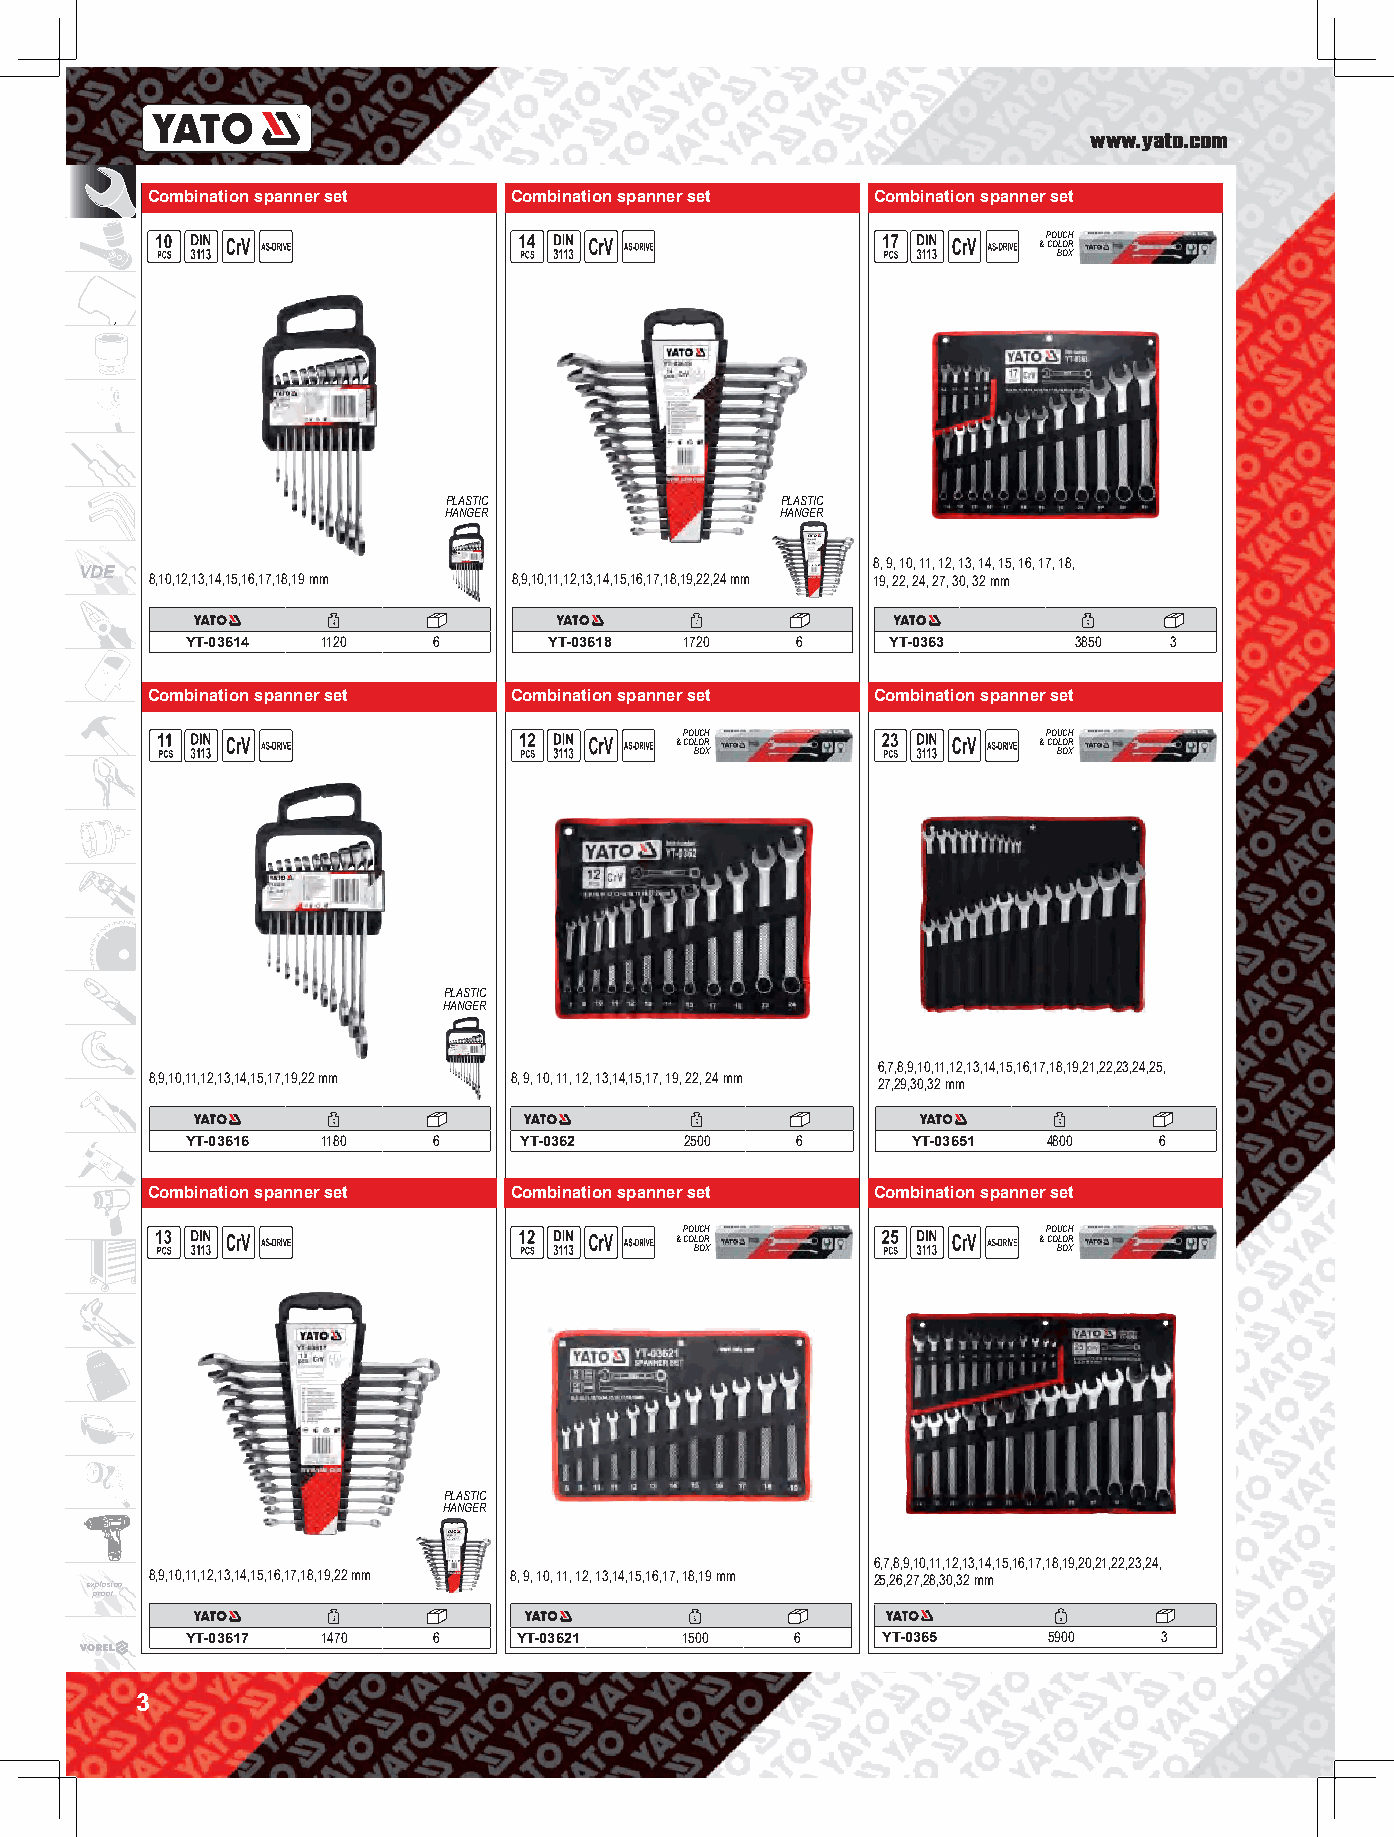
www.yato.com
 Combination spanner set Combination spanner set Combination spanner set
 POUCH
 & COLOR
 BOX
 PLASTIC               PLASTIC
 HANGER                 HANGER
 8, 9, 10, 11, 12, 13, 14, 15, 16, 17, 18,
 VDE
 8,10,12,13,14,15,16,17,18,19 mm 8,9,10,11,12,13,14,15,16,17,18,19,22,24 mm 19, 22, 24, 27, 30, 32 mm
 YT-03614 1120    6      YT-03618 1720    6     YT-0363     3850  3
 Combination spanner set Combination spanner set Combination spanner set
 POUCH                   POUCH
 & COLOR                 & COLOR
 BOX                     BOX
 PLASTIC
 HANGER
 6,7,8,9,10,11,12,13,14,15,16,17,18,19,21,22,23,24,25,
 8,9,10,11,12,13,14,15,17,19,22 mm 8, 9, 10, 11, 12, 13,14,15,17, 19, 22, 24 mm 27,29,30,32 mm
 YT-03616 1180    6    YT-0362    2500    6      YT-03651 4800    6
 Combination spanner set Combination spanner set Combination spanner set
 POUCH                   POUCH
 & COLOR                 & COLOR
 BOX                     BOX
 PLASTIC
 HANGER
 6,7,8,9,10,11,12,13,14,15,16,17,18,19,20,21,22,23,24,
 8,9,10,11,12,13,14,15,16,17,18,19,22 mm 8, 9, 10, 11, 12, 13,14,15,16,17, 18,19 mm 25,26,27,28,30,32 mm
 explosion
 proof
 YT-03617 1470    6    YT-03621   1500    6    YT-0365    5900    3
 3